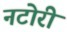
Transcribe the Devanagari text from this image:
नटोरी